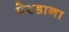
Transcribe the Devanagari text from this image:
पेरडाना